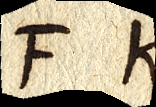
FK